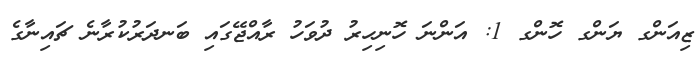
ޒިއަންގ ޔަންގ ހޮންގ 1: އަންނަ ހޮނިހިރު ދުވަހު ރާއްޖޭގައި ބަނދަރުކުރާނެ ޗައިނާގެ